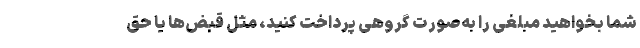
شما بخواهید مبلغی را به‌صورت گروهی پرداخت کنید، مثل قبض‌ها یا حق